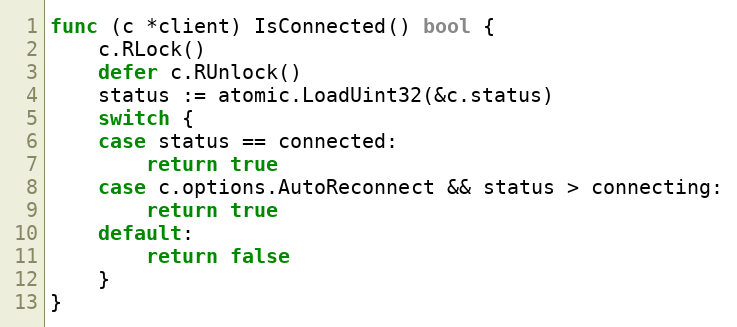
Language: Go
func (c *client) IsConnected() bool {
	c.RLock()
	defer c.RUnlock()
	status := atomic.LoadUint32(&c.status)
	switch {
	case status == connected:
		return true
	case c.options.AutoReconnect && status > connecting:
		return true
	default:
		return false
	}
}